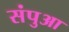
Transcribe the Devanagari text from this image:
संपुआ